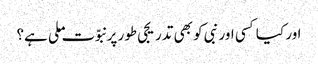
اور کیا کسی اور نبی کو بھی تدریجی طور پر نبوّت ملی ہے؟